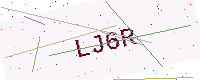
Text: LJ6R